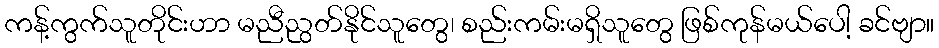
ကန့်ကွက်သူတိုင်းဟာ မညီညွတ်နိုင်သူတွေ၊ စည်းကမ်းမရှိသူတွေ ဖြစ်ကုန်မယ်ပေါ့ ခင်ဗျာ။